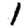
Digit: 1